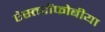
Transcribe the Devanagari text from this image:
ऐस्तरोंफोबीया